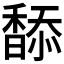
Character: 𩡋